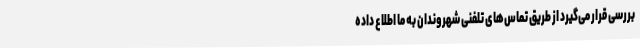
بررسی قرار می‌گیرد از طریق تماس‌های تلفنی شهروندان به ما اطلاع داده